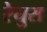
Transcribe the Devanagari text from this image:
रेयुस